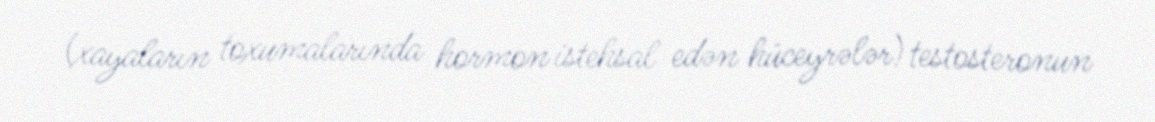
(xayaların toxumalarında hormon istehsal edən hüceyrələr) testosteronun